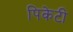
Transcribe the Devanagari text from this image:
पिकेटी